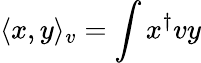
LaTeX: \langle x,y\rangle_{v}=\int x^{\dagger}vy